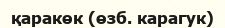
қаракөк (өзб. карагук)